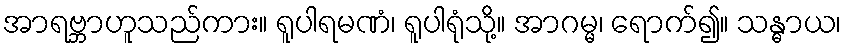
အာရဗ္ဘာဟူသည်ကား။ ရူပါရမဏံ၊ ရူပါရုံသို့။ အာဂမ္မ၊ ရောက်၍။ သန္ဓာယ၊